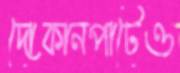
দোকানপাটেও